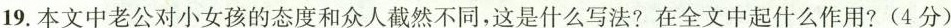
19.本文中老公对小女孩的态度和众人截然不同，这是什么写法?在全文中起什么作用?(4分)